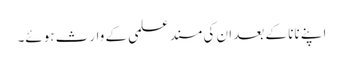
اپنے نانا کے بعد ان کی مسند علمی کے وارث ہوئے۔